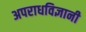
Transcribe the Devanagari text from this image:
अपराधविज्ञानी